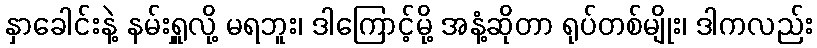
နှာခေါင်းနဲ့ နမ်းရှူလို့ မရဘူး၊ ဒါကြောင့်မို့ အနံ့ဆိုတာ ရုပ်တစ်မျိုး၊ ဒါကလည်း